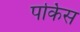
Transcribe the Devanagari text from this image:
पर्किस